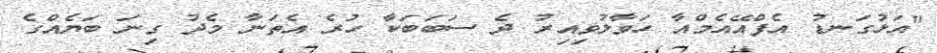
"އަޅުގަނޑު އެފްއޭއެމްއާ ހަވާލުވިއިރު ދެ ސަބަބަކާ ހުރެ އެތަނާ މެދު ގިނަ ބަޔެއްގެ